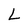
Character: L